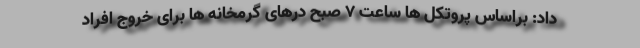
داد: براساس پروتکل ها ساعت ۷ صبح درهای گرمخانه ها برای خروج افراد